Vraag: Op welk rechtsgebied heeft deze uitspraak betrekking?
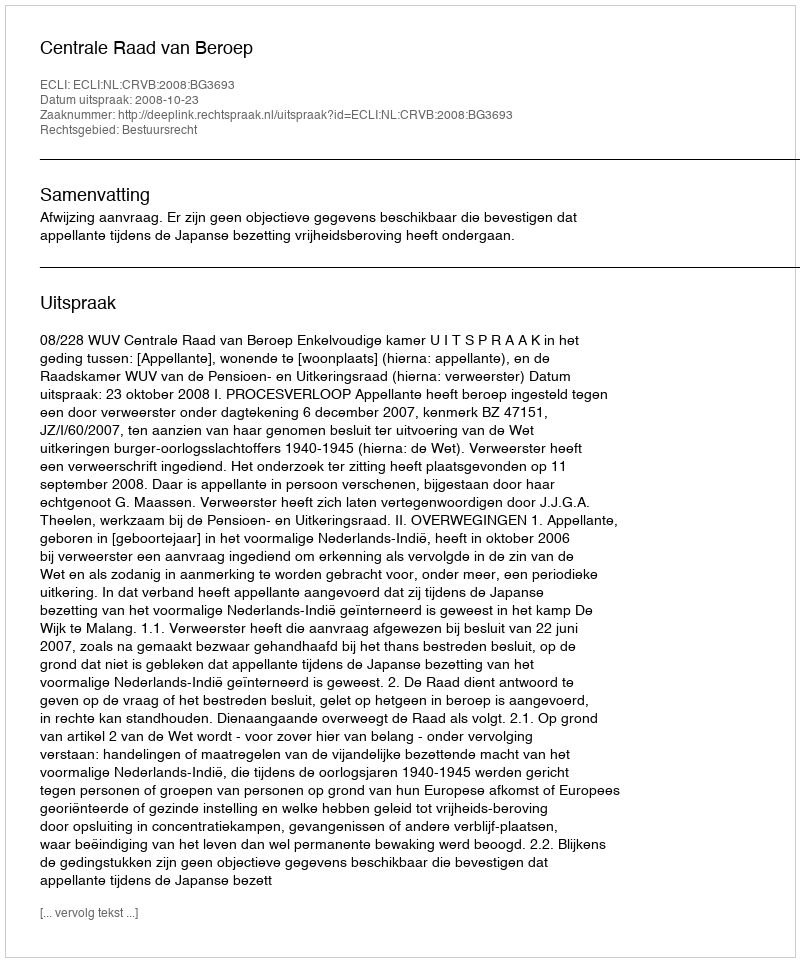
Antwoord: Bestuursrecht